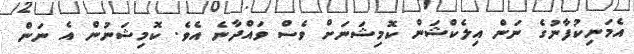
އެމަނިކުފާނުގެ ނަން އިލެކްޝަން ކޮމިޝަނަށް ވެސް ވައްދާނެ އެވެ. ކޮމިޝަނުން އެ ނަން